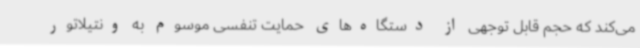
می‌کند که حجم قابل توجهی از دستگاه‌های حمایت تنفسی موسوم به ونتیلاتور